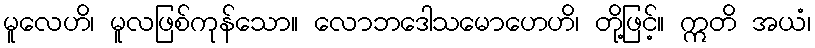
မူလေဟိ၊ မူလဖြစ်ကုန်သော။ လောဘဒေါသမောဟေဟိ၊ တို့ဖြင့်။ ဣတိ အယံ၊